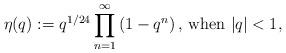
LaTeX: \begin{align*}\eta(q):=q^{1/24}\prod^{\infty}_{n=1}\left(1-q^n\right)\textrm{, when }|q|<1,\end{align*}